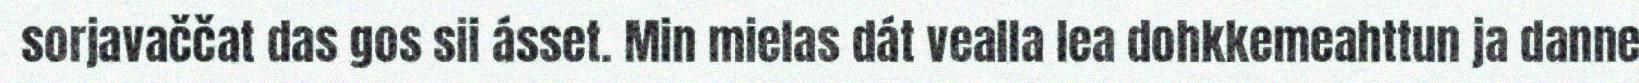
sorjavaččat das gos sii ásset. Min mielas dát vealla lea dohkkemeahttun ja danne